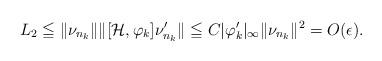
LaTeX: \begin{align*}L_2\leqq \|\nu_{n_k}\|\|[\mathcal H,\varphi_k ] \nu'_{n_k}\|\leqq C|\varphi'_k|_{\infty}\|\nu_{n_k}\|^2=O(\epsilon).\end{align*}